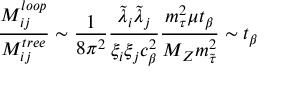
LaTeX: { \frac { M _ { i j } ^ { l o o p } } { M _ { i j } ^ { t r e e } } } \sim { \frac { 1 } { 8 \pi ^ { 2 } } } { \frac { \tilde { \lambda } _ { i } \tilde { \lambda } _ { j } } { \xi _ { i } \xi _ { j } c _ { \beta } ^ { 2 } } } { \frac { m _ { \tau } ^ { 2 } \mu t _ { \beta } } { M _ { Z } m _ { \tilde { \tau } } ^ { 2 } } } \sim t _ { \beta }